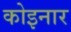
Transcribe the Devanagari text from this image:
कोइनार